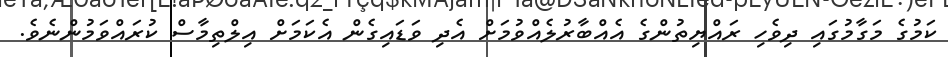
ކަމުގެ މަގާމުގައި ދިވެހި ރައްޔިތުންގެ އެއްބާރުލެއްވުމަށް އެދި ވަޑައިގެން އެކަމަށް އިލްތިމާސް ކުރައްވަމުންނެވެ.